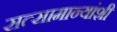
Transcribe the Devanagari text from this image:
सत्सामान्यांशी